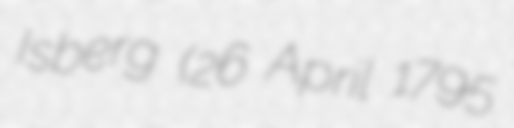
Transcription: Isberg (26 April 1795